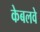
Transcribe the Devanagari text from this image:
केबलवे